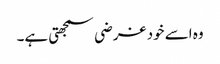
وہ اسے خود غرضی سمجھتی ہے۔